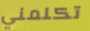
تكلمني